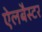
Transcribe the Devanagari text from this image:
ऐलबैस्टर